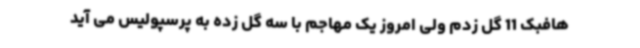
هافبک 11 گل زدم ولی امروز یک مهاجم با سه گل زده به پرسپولیس می آید